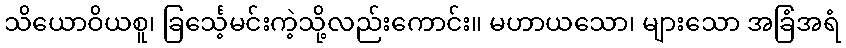
သိယောဝိယစူ၊ ခြင်္သေ့မင်းကဲ့သို့လည်းကောင်း။ မဟာယသော၊ များသော အခြံအရံ